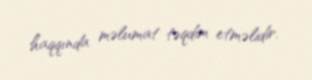
haqqında məlumat təqdim etməlidir.